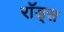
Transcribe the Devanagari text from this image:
राॅड्स